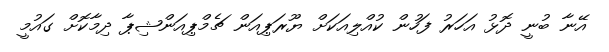
އޭނާ ބުނީ ދޮޅު އަހަރު ފަހުން ކުއްލިއަކަށް ޔޫރަޕިއަން ޗެމްޕިއަންޝިޕާ ދިމާކޮށް ގައުމީ